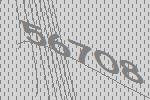
56708